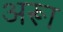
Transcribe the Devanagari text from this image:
अरूा